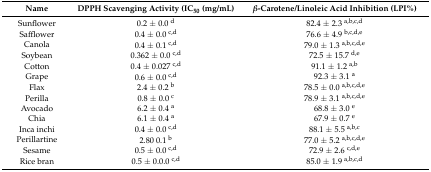
| Name | DPPH Scavenging Activity (IC50 (mg/mL) | β-Carotene/Linoleic Acid Inhibition (LPI%) |
 | --- | --- | --- |
 | Sunflower | 0.2 ± 0.0 d | 82.4 ± 2.3 a,b,c,d |
 | Safflower | 0.4 ± 0.0 c,d | 76.6 ± 4.9 b,c,d,e |
 | Canola | 0.4 ± 0.1 c,d | 79.0 ± 1.3 a,b,c,d,e |
 | Soybean | 0.362 ± 0.0 c,d | 72.5 ± 15.7 d,e |
 | Cotton | 0.4 ± 0.027 c,d | 91.1 ± 1.2 a,b |
 | Grape | 0.6 ± 0.0 c,d | 92.3 ± 3.1 a |
 | Flax | 2.4 ± 0.2 b | 78.5 ± 0.0 a,b,c,d,e |
 | Perilla | 0.8 ± 0.0 c | 78.9 ± 3.1 a,b,c,d,e |
 | Avocado | 6.2 ± 0.4 a | 68.8 ± 3.0 e |
 | Chia | 6.1 ± 0.4 a | 67.9 ± 0.7 e |
 | Inca inchi | 0.4 ± 0.0 c,d | 88.1 ± 5.5 a,b,c |
 | Perillartine | 2.80 0.1 b | 77.0 ± 5.2 a,b,c,d,e |
 | Sesame | 0.5 ± 0.0 c,d | 72.9 ± 2.6 c,d,e |
 | Rice bran | 0.5 ± 0.0.0 c,d | 85.0 ± 1.9 a,b,c,d |